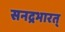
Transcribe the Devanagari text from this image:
सनद्रभारत्